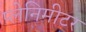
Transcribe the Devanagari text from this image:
प्लेनिमीटर